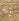
إنه